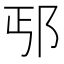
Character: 𰻢